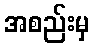
အစည်းမှ